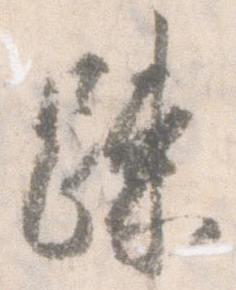
疎